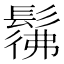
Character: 𩭬